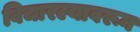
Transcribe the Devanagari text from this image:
विचारल्यावरून